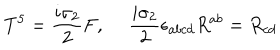
LaTeX: T ^ { 5 } = { \frac { i \sigma _ { 2 } } { 2 } } F , \ { \frac { i \sigma _ { 2 } } { 2 } } \epsilon _ { a b c d } R ^ { a b } = R _ { c d }